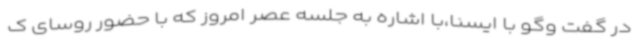
در گفت وگو با ایسنا،با اشاره به جلسه عصر امروز که با حضور روسای ک